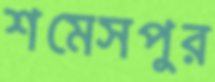
শমেসপুর